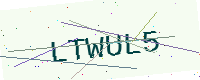
Text: LTWUL5